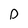
Character: D